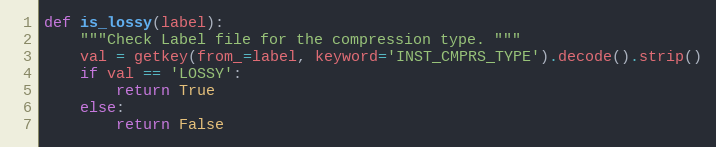
Language: Python
def is_lossy(label):
    """Check Label file for the compression type. """
    val = getkey(from_=label, keyword='INST_CMPRS_TYPE').decode().strip()
    if val == 'LOSSY':
        return True
    else:
        return False